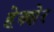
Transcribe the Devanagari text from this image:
हेक्शेर